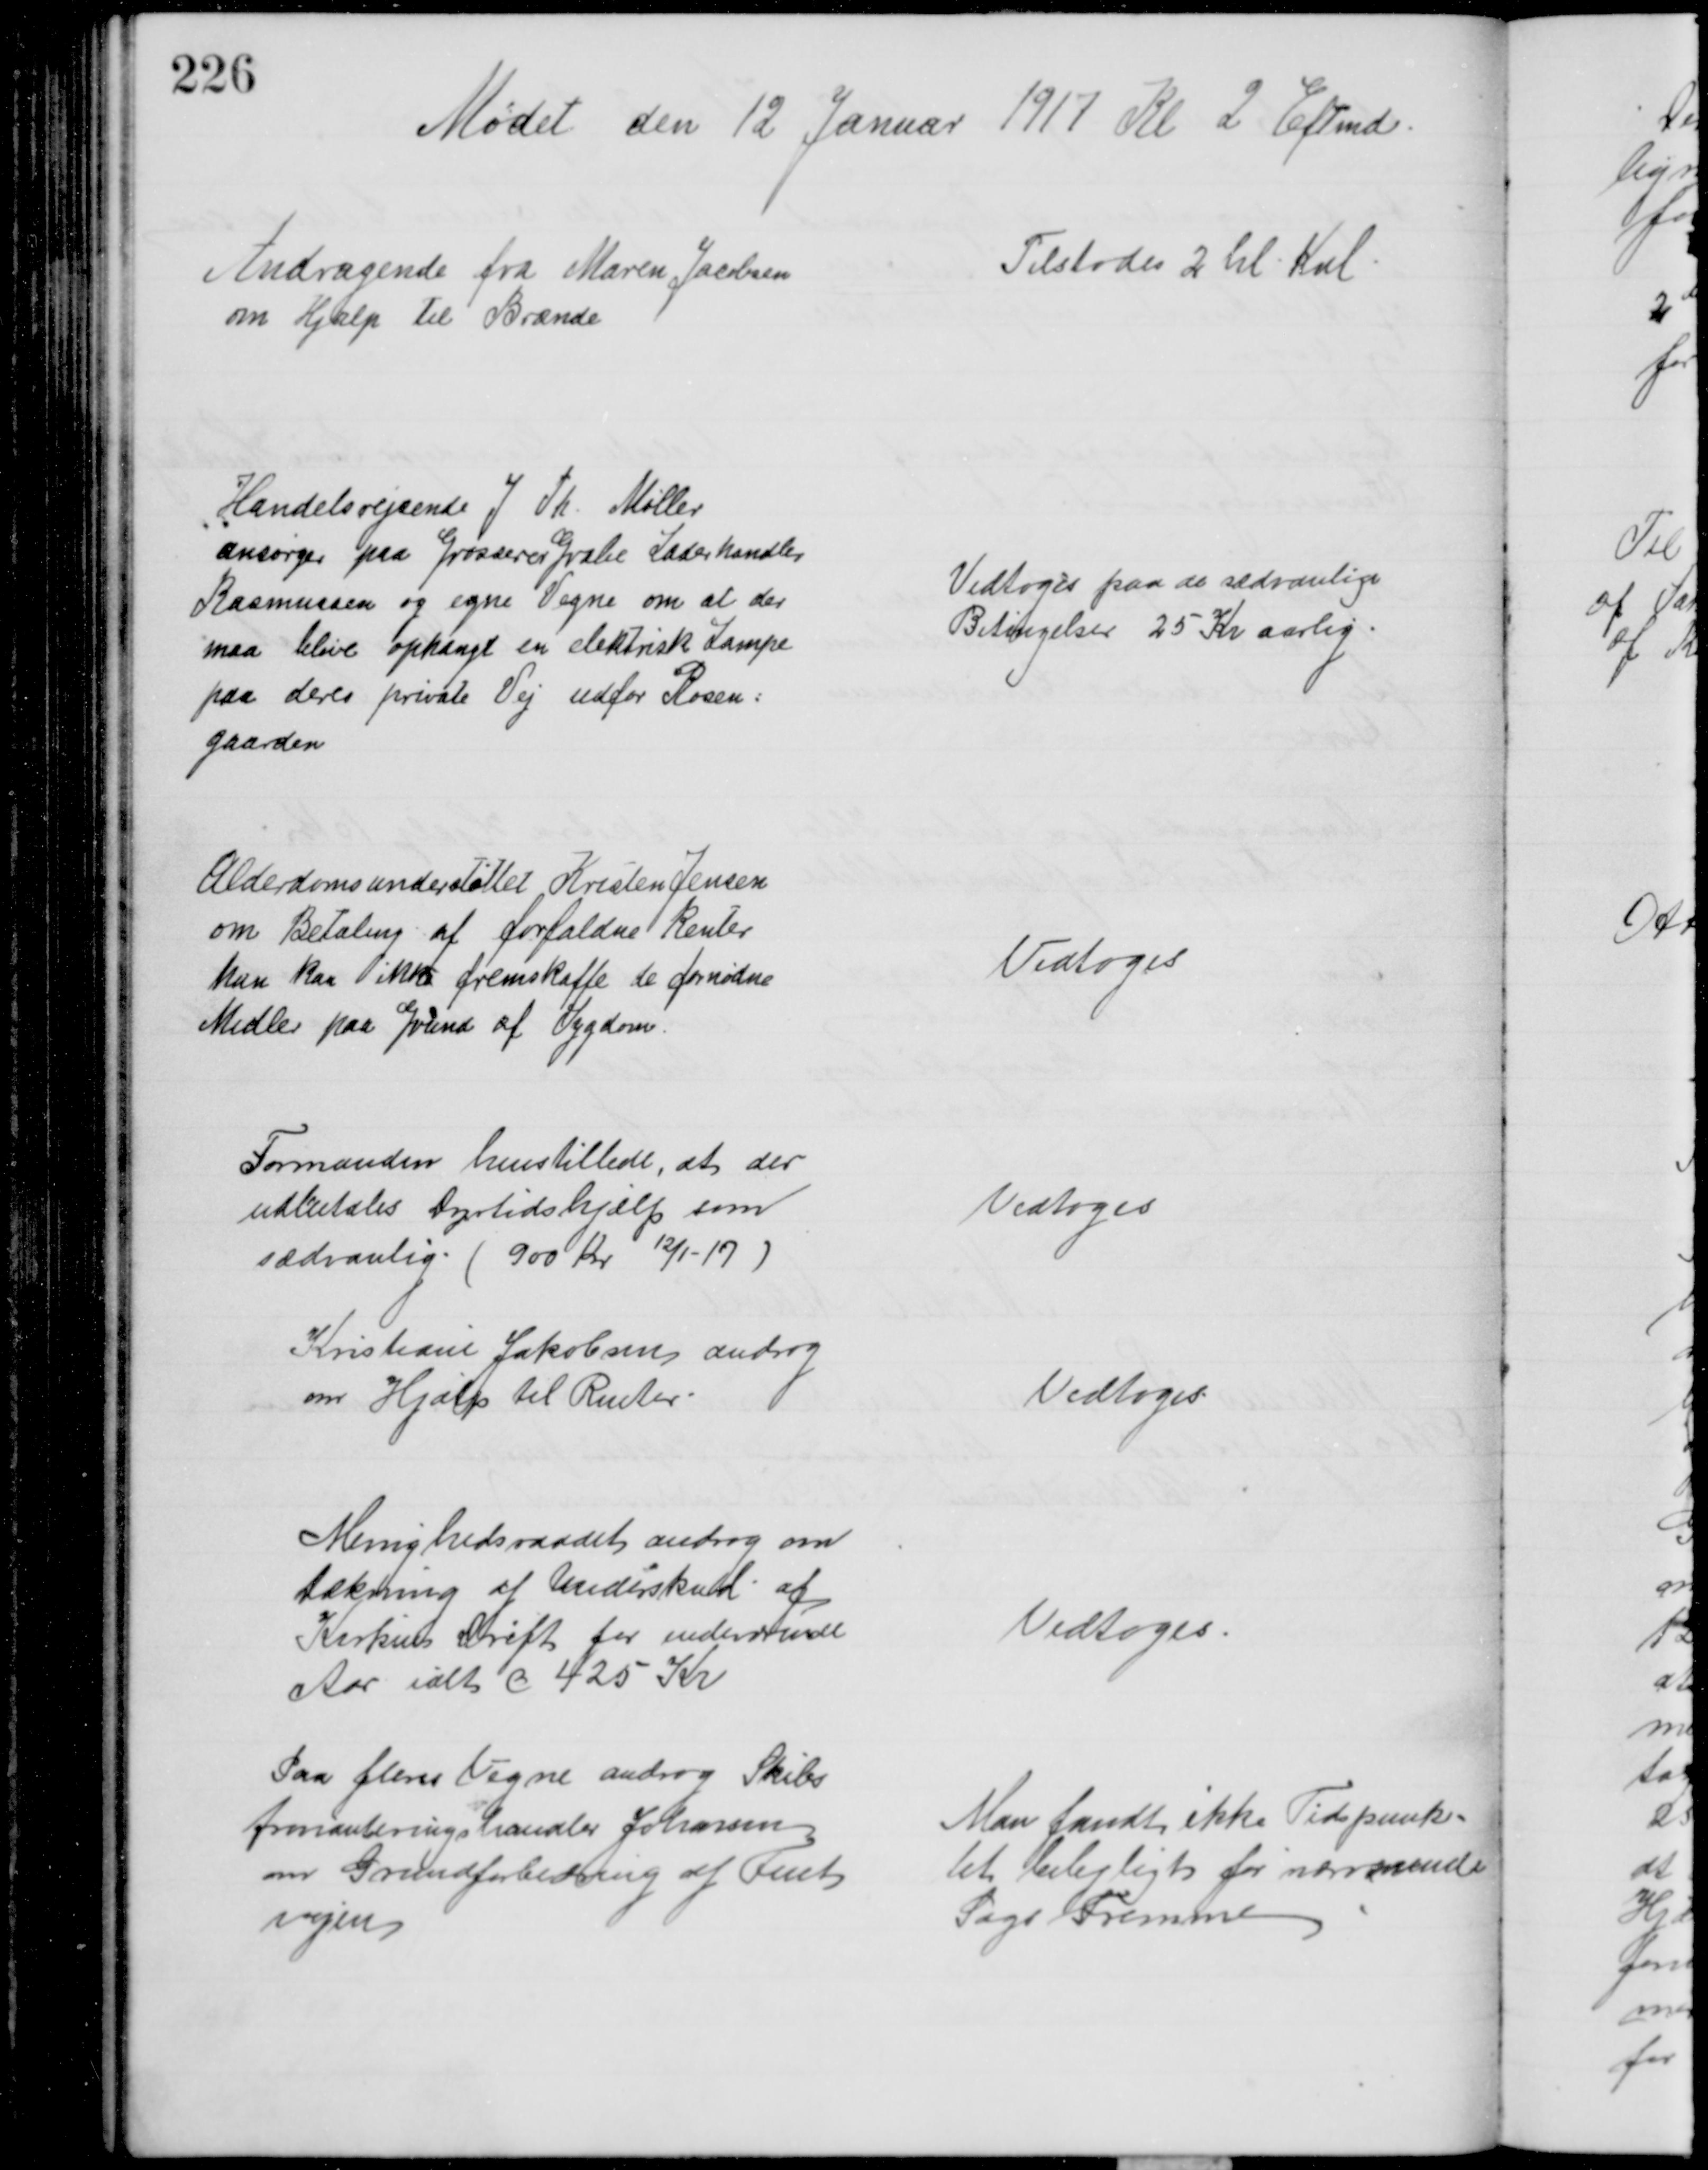
Transskription:
Mødet den 12 Januar 1917 Kl 2 Eftmd.
Andragende fra Maren Jacobsen
om Hjælp til Brænde
Tilstodes 2 hl Kul
Handelsrejsende J Th Møller
ansørger paa Grosserer Grabe Læderhandler
Rasmussen og egne Vegne om at der
maa blive ophængt en elektrisk Lampe
paa deres private Vej udfor Rosen=
gaarden
Vedtoges paa de sædvanlige 
Betingelser 25 Kr aarlig
Alderdomsunderstøttet Kristen Jensen
om Betaling af forfaldne Renter
han kan ikke fremskaffe de fornødne
Midler paa Grund af Sygdom.
Vedtoges
Formanden henstillede, at der
udbetales Dyrtidshjælp som
sædvanlig (900 Kr 12/1 -17)
Vedtoges
Kristiane Jakobsen androg
om Hjælp til Renter
Vedtoges
Menighedsraadet androg om
Dækning af Underskud af
Kirkens Drift for indeværende
Aar ialt c 425 Kr
Vedtoges
Paa fleres Vegne androg Skibs
provianteringshandler Johnsen
om Grundforbedring af Fuet
vejen
Man fandt ikke Tidspunk=
tet belejligt for nærværende
Sags Fremme